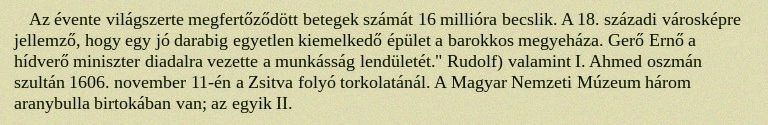
Az évente világszerte megfertőződött betegek számát 16 millióra becslik. A 18. századi városképre jellemző, hogy egy jó darabig egyetlen kiemelkedő épület a barokkos megyeháza. Gerő Ernő a hídverő miniszter diadalra vezette a munkásság lendületét." Rudolf) valamint I. Ahmed oszmán szultán 1606. november 11-én a Zsitva folyó torkolatánál. A Magyar Nemzeti Múzeum három aranybulla birtokában van; az egyik II.